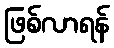
ဖြစ်လာရန်